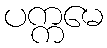
ပက္ကမေ